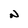
Character: N